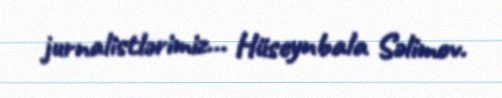
jurnalistlərimiz... Hüseynbala Səlimov.